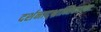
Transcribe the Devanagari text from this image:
दर्शनाद्भ्रान्तिकारकाः